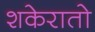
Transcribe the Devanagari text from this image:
शकेरातो